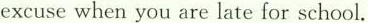
excuse when you are late for school.